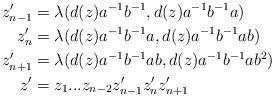
LaTeX: \begin{align*}z_{n-1}'&=\lambda(d(z)a^{-1}b^{-1}, d(z)a^{-1}b^{-1}a) \\z_n'&=\lambda(d(z)a^{-1}b^{-1}a, d(z)a^{-1}b^{-1}ab) \\z_{n+1}'&=\lambda(d(z)a^{-1}b^{-1}ab, d(z)a^{-1}b^{-1}ab^2)\\z'&=z_1...z_{n-2}z_{n-1}'z_n'z_{n+1}'\end{align*}